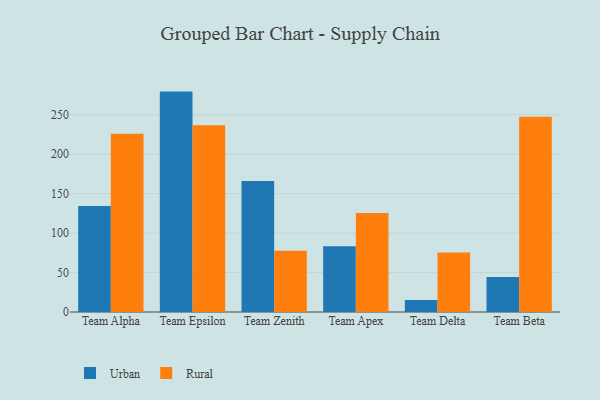
{"axis": {"x": "Team", "y": "Energy Usage (MWh)"}, "legend": ["Rural", "Urban"], "data": [{"x": "Team Alpha", "y": 134.2, "type": "Urban"}, {"x": "Team Alpha", "y": 226.0, "type": "Rural"}, {"x": "Team Epsilon", "y": 279.3, "type": "Urban"}, {"x": "Team Epsilon", "y": 236.5, "type": "Rural"}, {"x": "Team Zenith", "y": 166.1, "type": "Urban"}, {"x": "Team Zenith", "y": 77.6, "type": "Rural"}, {"x": "Team Apex", "y": 83.4, "type": "Urban"}, {"x": "Team Apex", "y": 125.5, "type": "Rural"}, {"x": "Team Delta", "y": 15.3, "type": "Urban"}, {"x": "Team Delta", "y": 75.3, "type": "Rural"}, {"x": "Team Beta", "y": 44.3, "type": "Urban"}, {"x": "Team Beta", "y": 247.3, "type": "Rural"}]}